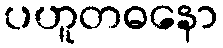
ပဟူတဓနော